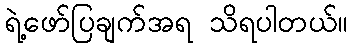
ရဲ့ဖော်ပြချက်အရ သိရပါတယ်။